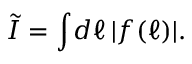
\tilde { \cal I } = \int \! d \ell \, | f ( \ell ) | .